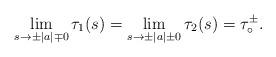
LaTeX: \begin{align*}\lim_{s\rightarrow \pm |a| \mp 0}\tau_1(s) = \lim_{s\rightarrow \pm |a| \pm 0}\tau_2(s) = \tau_{\circ}^{\pm}.\end{align*}